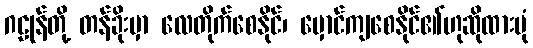
ဂဠုန်တို့ တန်ခိုးမှာ လေတိုက်စေနိုင်၊ မှောင်ကျစေနိုင်၏ဟုဆိုထားပုံ